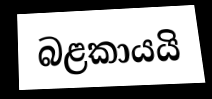
බළකායයි